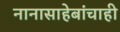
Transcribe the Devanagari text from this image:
नानासाहेबांचाही